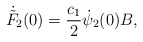
\begin{align*}\dot{\tilde F}_2 (0) = \frac{c_1}{2}\dot\psi_2(0)B,\end{align*}